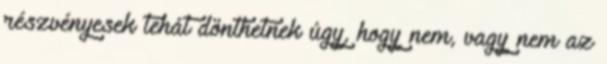
részvényesek tehát dönthetnek úgy, hogy nem, vagy nem az